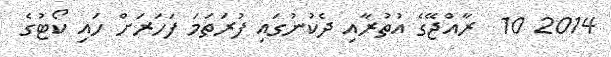
2014 10  ރާއްޖޭގެ އުތުރާއި ދެކުނުގައި ފުރަތަމަ ފަހަރަށް ހައި ކޯޓުގެ